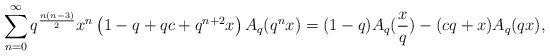
LaTeX: \begin{align*} &\sum_{n=0}^{\infty} q^{\frac{n(n-3)}{2}} x^n \left(1-q+qc+q^{n+2}x\right) A_q(q^nx)= (1-q) A_q(\frac{x}{q}) - (cq+x) A_q(qx), \end{align*}